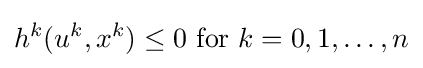
h^{k}(u^{k},x^{k})\leq 0{\text{ for }}k=0,1,\ldots ,n